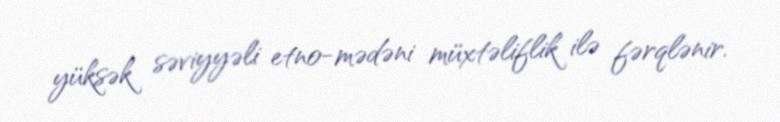
yüksək səviyyəli etno-mədəni müxtəliflik ilə fərqlənir.